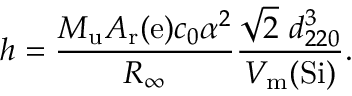
h = { \frac { M _ { \mathrm { { u } } } A _ { \mathrm { { r } } } ( \mathrm { { e } } ) c _ { 0 } \alpha ^ { 2 } } { R _ { \infty } } } { \frac { { \sqrt { 2 } } \ d _ { 2 2 0 } ^ { 3 } } { V _ { \mathrm { { m } } } ( \mathrm { { S i } } ) } } .